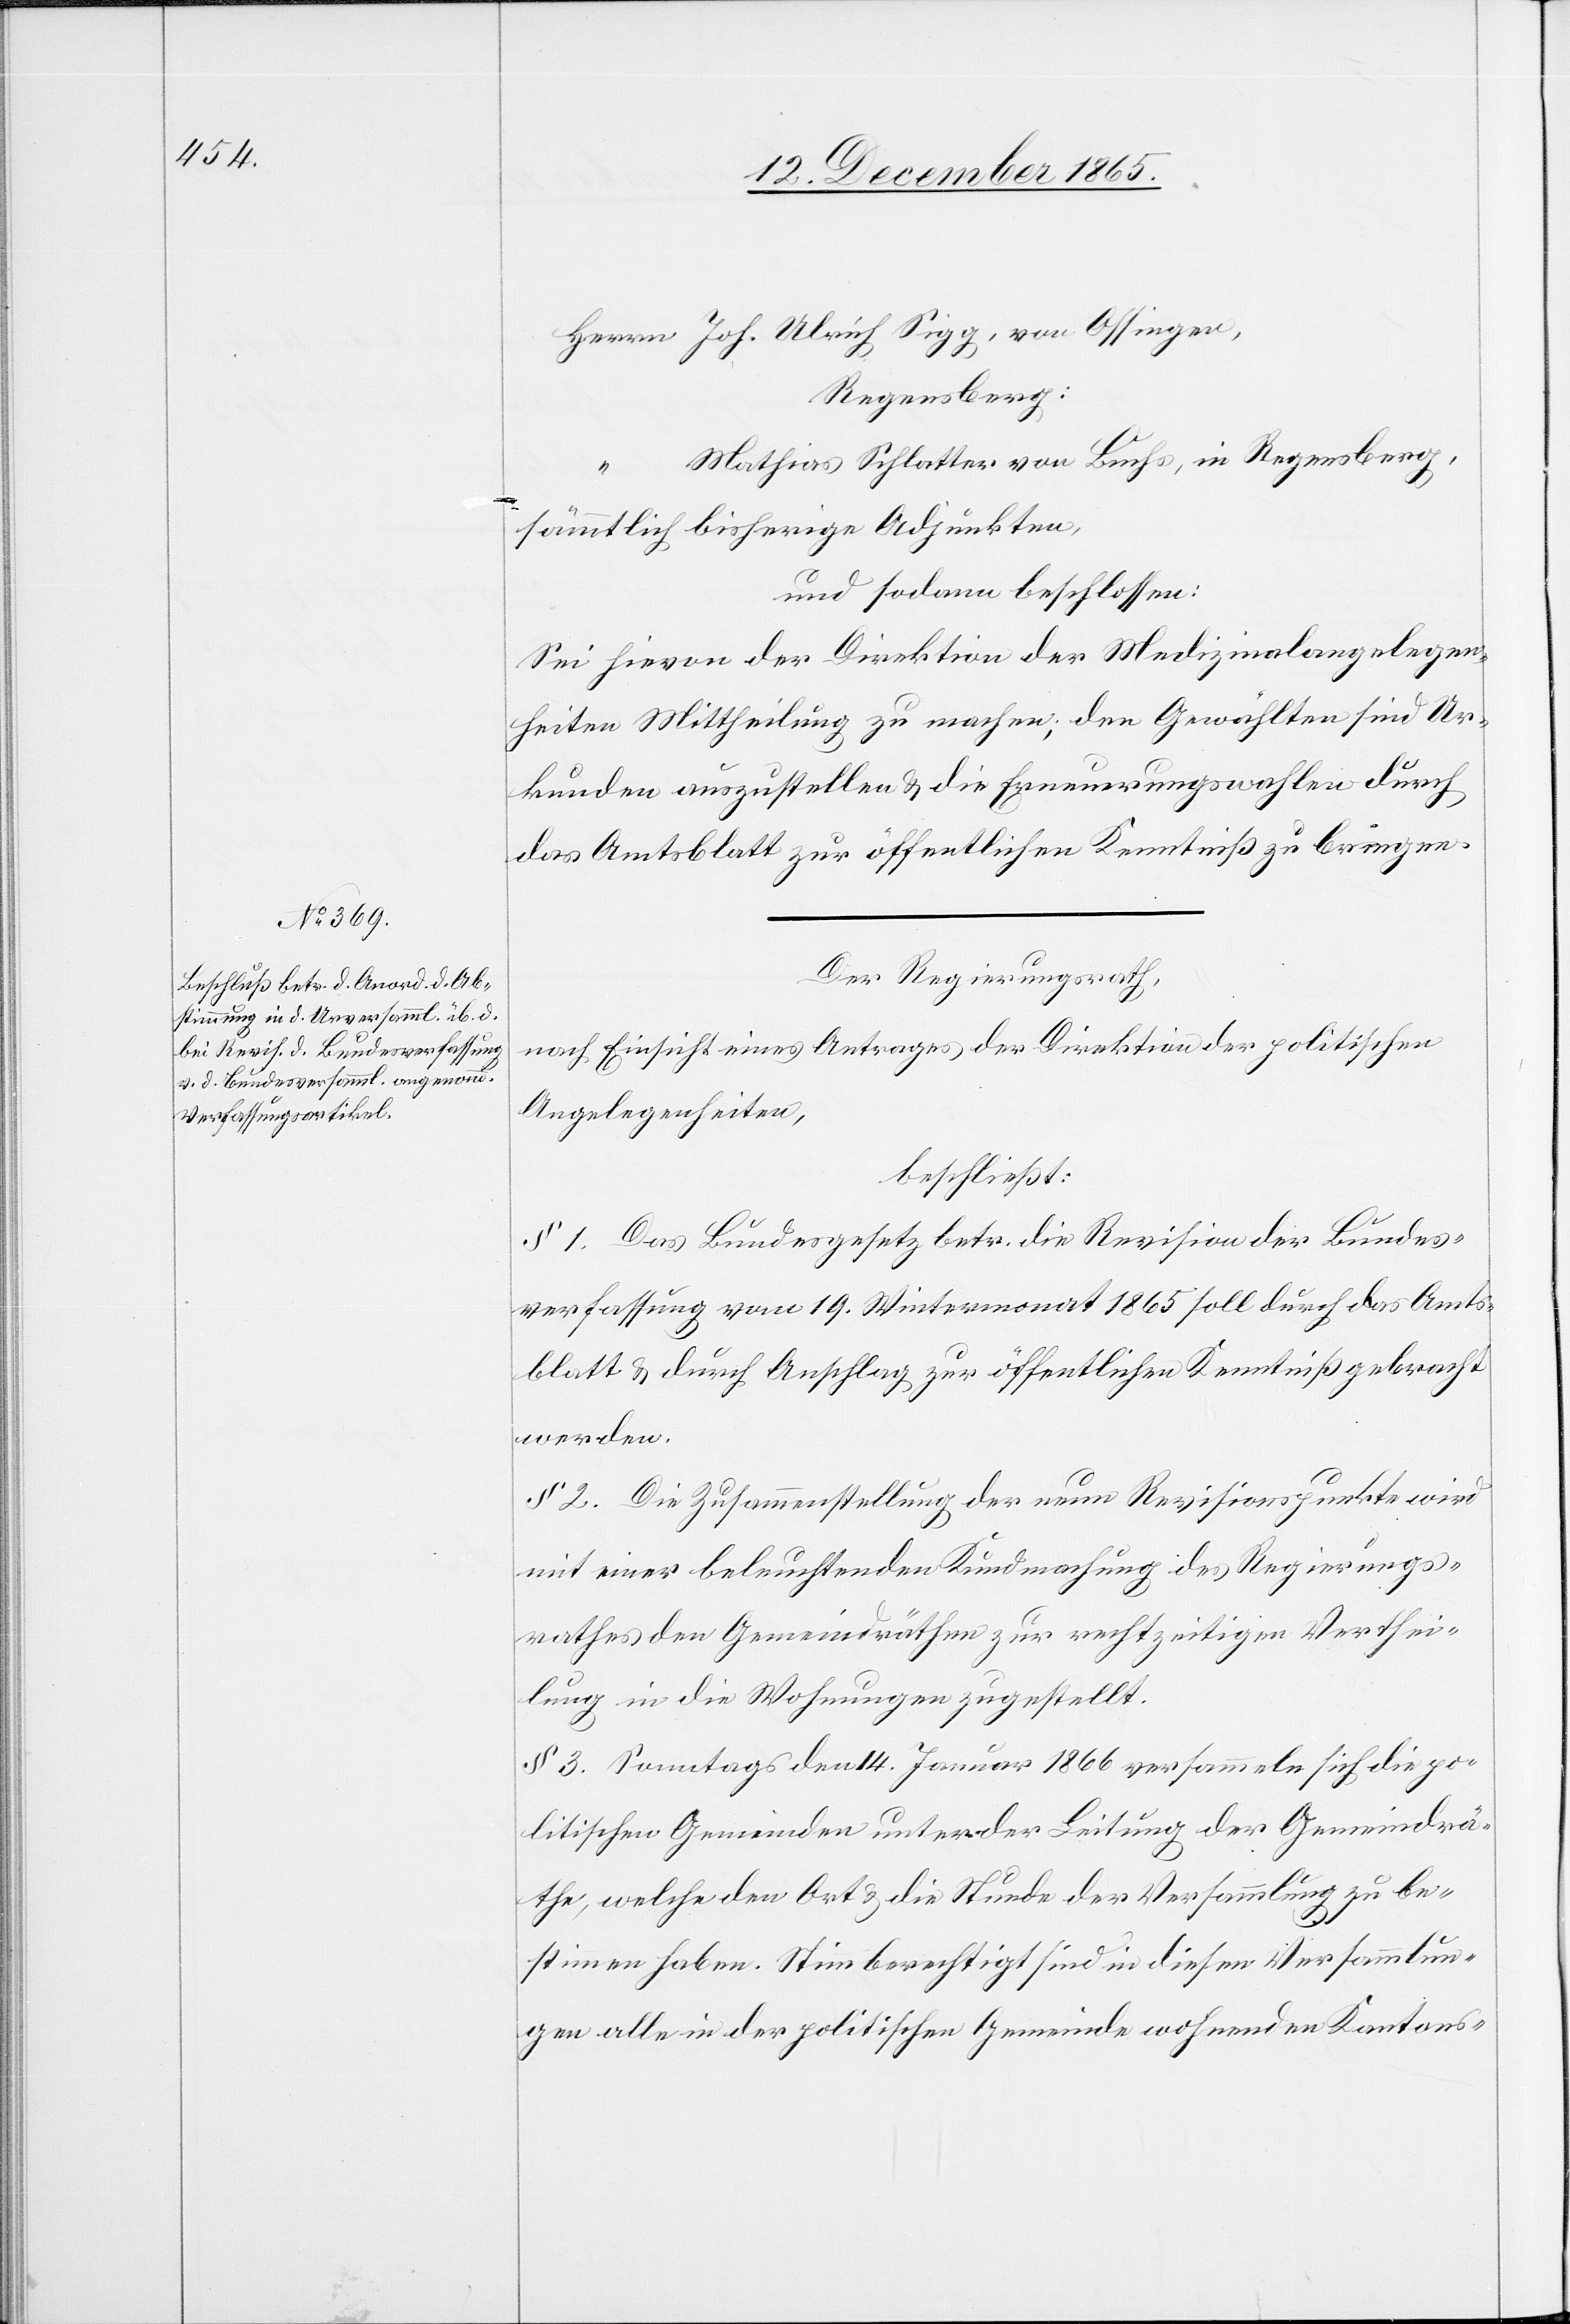
Herrn Joh. Ulrich Sigg, von Ossingen,
Regensberg:
Mathias Schlatter von Buchs, in Regensberg,
sämmtlich bisherige Adjunkten,
und sodann beschlossen:
Sei hievon der Direktion der Medizinalangelegen¬
heiten Mittheilung zu machen; den Gewählten sind Ur¬
kunden auszustellen & die Erneuerungswahlen durch
das Amtsblatt zur öffentlichen Kenntniß zu bringen.
Der Regierungsrath,
nach Einsicht eines Antrages der Direktion der politischen
Angelegenheiten,
beschließt:
§ 1. Das Bundesgesetz betr. die Revision der Bundes¬
verfassung vom 19. Wintermonat 1865 soll durch das Amts¬
blatt & durch Anschlag zur öffentlichen Kenntniß gebracht
werden.
§ 2. Die Zusammenstellung der neun Revisionspunkte wird
mit einer beleuchtenden Kundmachung des Regierungs¬
rathes den Gemeindräthen zur rechtzeitigen Verthei¬
lung in die Wohnungen zugestellt.
§ 3. Sonntags den 14. Januar 1866 versammeln sich die po¬
litischen Gemeinden unter der Leitung der Gemeindrä¬
the, welche den Ort & die Stunde der Versammlung zu be¬
stimmen haben. Stimmberechtigt sind in diesen Versammlun¬
gen alle in der politischen Gemeinde wohnenden Kantons-